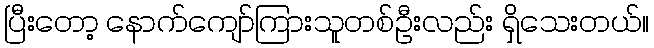
ပြီးတော့ နောက်ကျော်ကြားသူတစ်ဦးလည်း ရှိသေးတယ်။